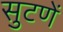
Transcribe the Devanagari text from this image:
सुटणें